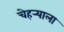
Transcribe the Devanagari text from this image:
चेहर्‍याला